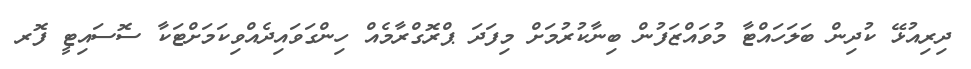
ދިރިއުޅޭ ކުދިން ބަލަހައްޓާ މުވައްޒަފުން ބިނާކުރުމަށް މިފަދަ ޕްރޮގްރާމެއް ހިންގަވައިދެއްވިކަމަށްޓަކާ ސޮސައިޓީ ފޮރ